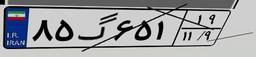
۸۵گ۶۵۱۱۹